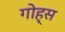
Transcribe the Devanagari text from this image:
गोह्स